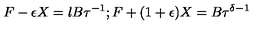
F - \epsilon X = l B \tau ^ { - 1 } ; F + ( 1 + \epsilon ) X = B \tau ^ { \delta - 1 }